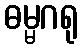
ဓမ္မဂရု